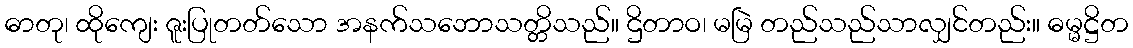
ဓာတု၊ ထိုကျေး ဇူးပြုတတ်သော အနက်သဘောသတ္တိသည်။ ဌိတာဝ၊ မမြဲ တည်သည်သာလျှင်တည်း။ ဓမ္မဋ္ဌိတ